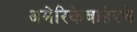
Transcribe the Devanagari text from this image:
अमेरिकेबाहेरचे